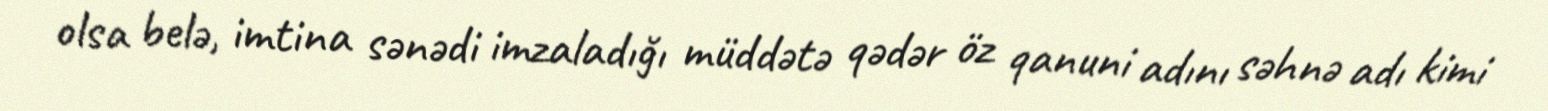
olsa belə, imtina sənədi imzaladığı müddətə qədər öz qanuni adını səhnə adı kimi